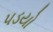
પડયો